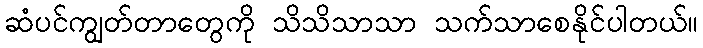
ဆံပင်ကျွတ်တာတွေကို သိသိသာသာ သက်သာစေနိုင်ပါတယ်။